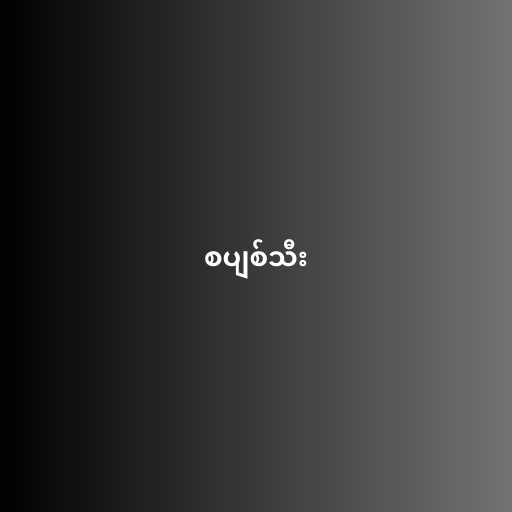
စပျစ်သီး